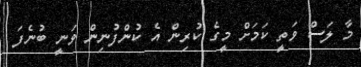
މާ ލަސް ވަތީ ކަމަށް މީގެ ކުރިން އެ ކުންފުނިން ވަނީ ބުނެފަ